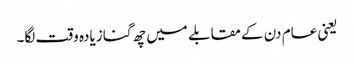
یعنی عام دن کے مقابلے میں چھ گنا زیادہ وقت لگا۔